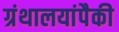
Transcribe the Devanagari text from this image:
ग्रंथालयांपैकी